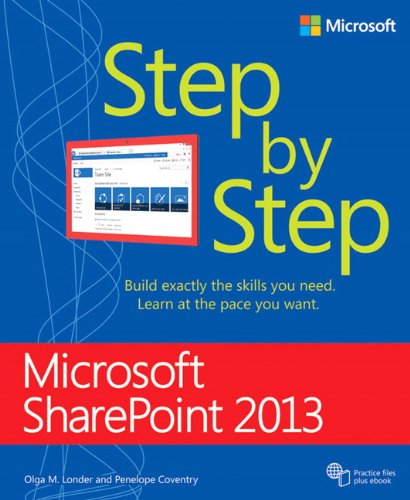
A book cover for Microsoft SharePoint 2013 Step by Step; Olga Londer; Computers & Technology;